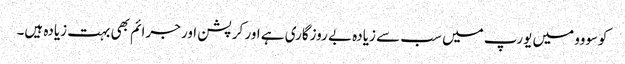
کوسووو میں یورپ میں سب سے زیادہ بے روزگاری ہے اور کرپشن اور جرائم بھی بہت زیادہ ہیں۔